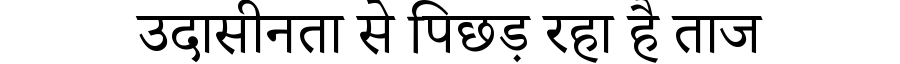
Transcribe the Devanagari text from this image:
उदासीनता से पिछड़ रहा है ताज